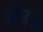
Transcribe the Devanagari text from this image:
ऑव्हज